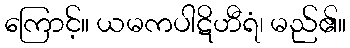
ကြောင့်။ ယမကပါဋိဟီရံ၊ မည်၏။